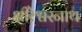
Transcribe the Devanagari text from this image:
क्षीरेश्वरनाथ